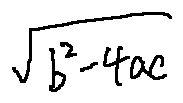
\sqrt { b ^ { 2 } - 4 a c }